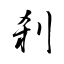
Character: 刹